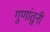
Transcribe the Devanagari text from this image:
गुणांतुनी